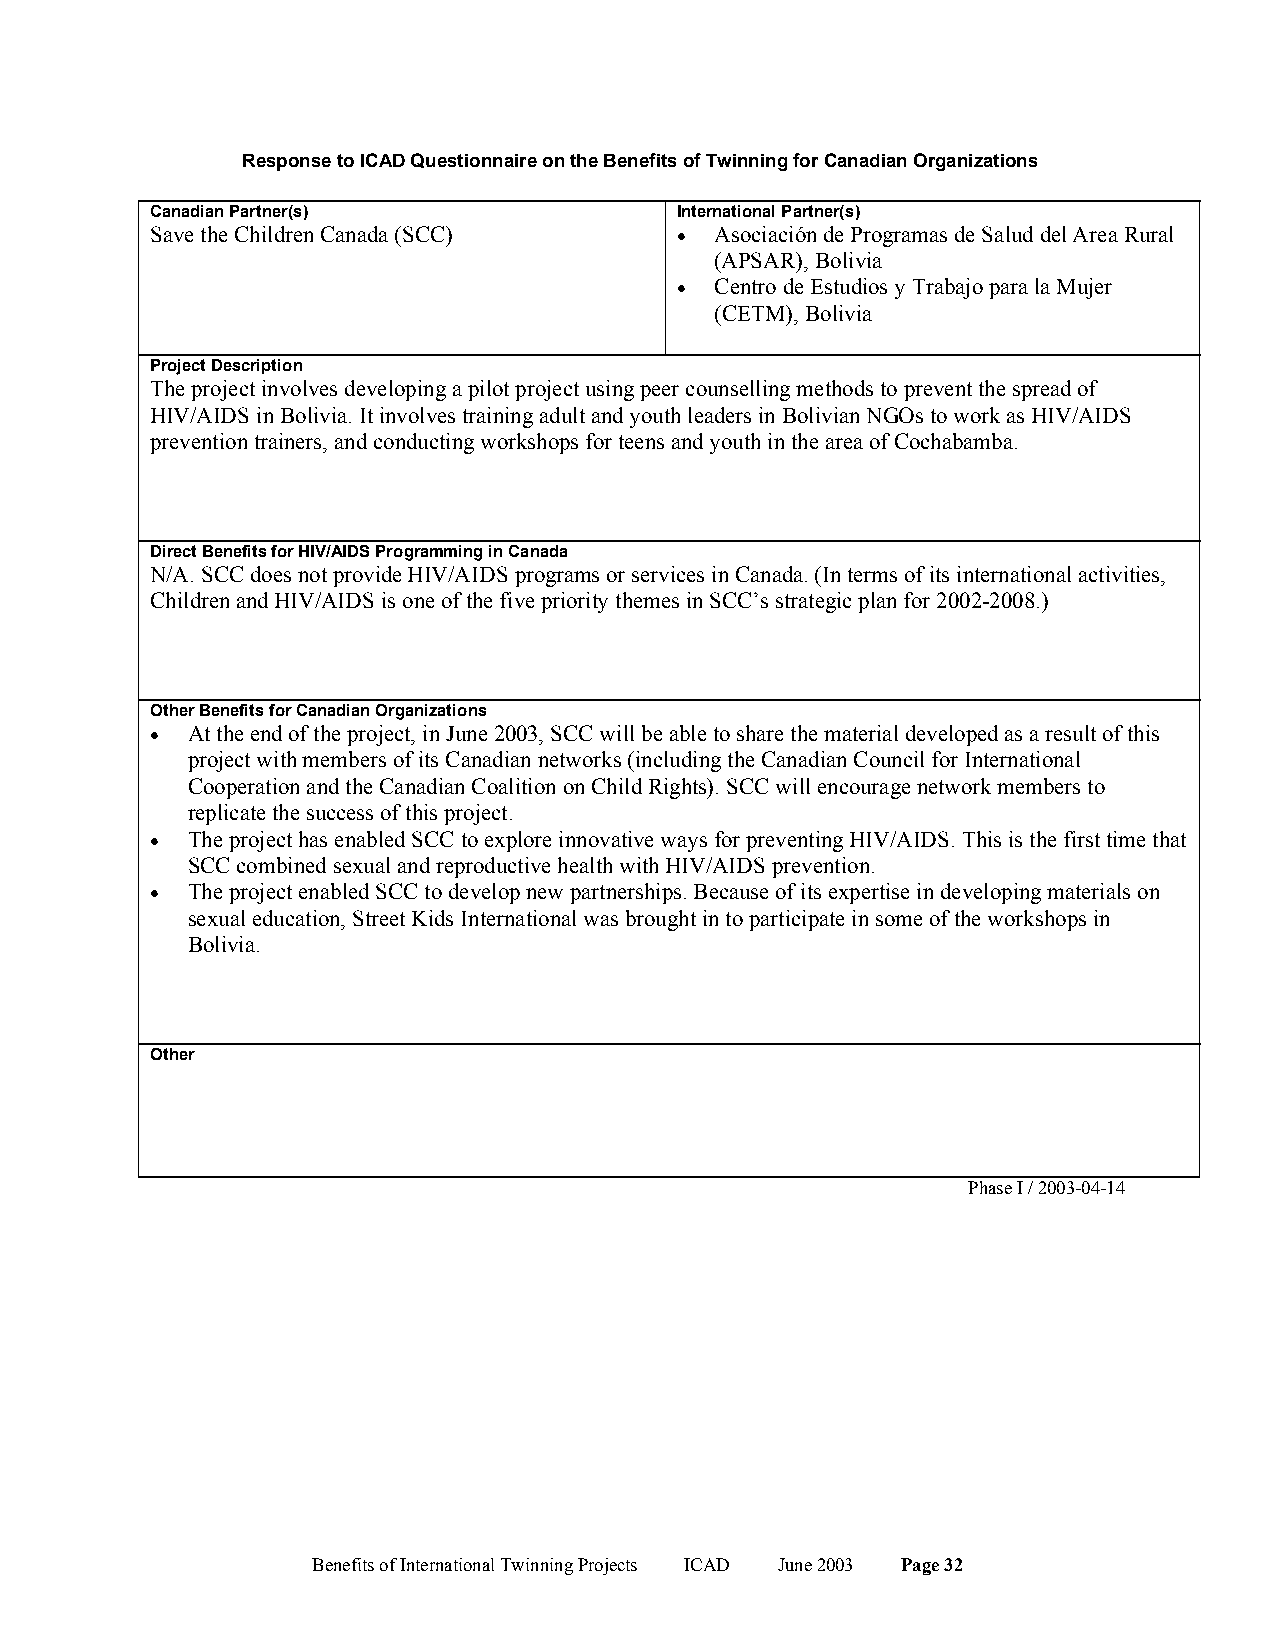
Response to ICAD Questionnaire on the Benefits of Twinning for Canadian Organizations
 Canadian Partner(s)                International Partner(s)
 Save the Children Canada (SCC)     • Asociación de Programas de Salud del Area Rural
 (APSAR), Bolivia
 • Centro de Estudios y Trabajo para la Mujer
 (CETM), Bolivia
 Project Description
 The project involves developing a pilot project using peer counselling methods to prevent the spread of
 HIV/AIDS in Bolivia. It involves training adult and youth leaders in Bolivian NGOs to work as HIV/AIDS
 prevention trainers, and conducting workshops for teens and youth in the area of Cochabamba.
 Direct Benefits for HIV/AIDS Programming in Canada
 N/A. SCC does not provide HIV/AIDS programs or services in Canada. (In terms of its international activities,
 Children and HIV/AIDS is one of the five priority themes in SCC’s strategic plan for 2002-2008.)
 Other Benefits for Canadian Organizations
 • At the end of the project, in June 2003, SCC will be able to share the material developed as a result of this
 project with members of its Canadian networks (including the Canadian Council for International
 Cooperation and the Canadian Coalition on Child Rights). SCC will encourage network members to
 replicate the success of this project.
 • The project has enabled SCC to explore innovative ways for preventing HIV/AIDS. This is the first time that
 SCC combined sexual and reproductive health with HIV/AIDS prevention.
 • The project enabled SCC to develop new partnerships. Because of its expertise in developing materials on
 sexual education, Street Kids International was brought in to participate in some of the workshops in
 Bolivia.
 Other
 Phase I / 2003-04-14
 Benefits of International Twinning Projects ICAD June 2003 Page 32